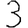
Digit: 3